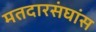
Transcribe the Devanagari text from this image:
मतदारसंघांस